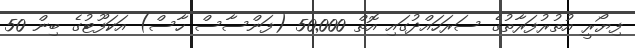
ފިޔޯރީ އުތުރުފަރާތުގެ ސަރަހައްދުގައި އޮތް 50